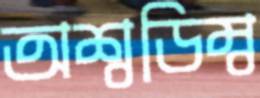
অশ্বডিম্ব